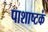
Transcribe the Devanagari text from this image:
पाशाष्टकं